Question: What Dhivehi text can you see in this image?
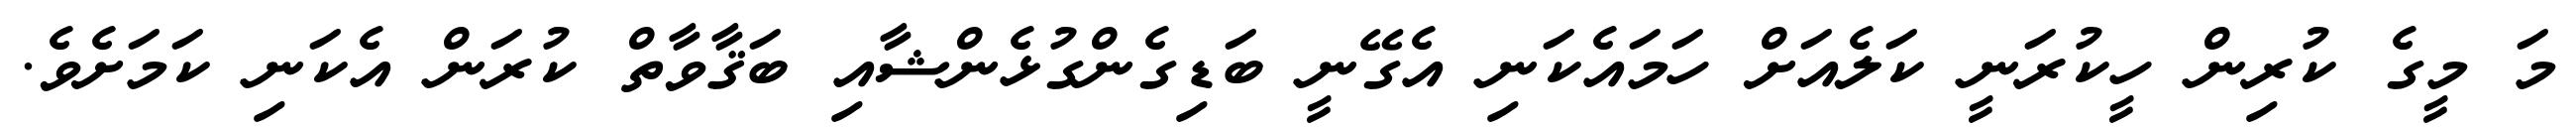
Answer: މަ މީގެ ކުރިން ހީކުރަނީ ކަލެއަށް ހަމައެކަނި އެގޭނީ ބަޑިގެންގުޅެންޝާއި ބަޤާވާތް ކުރަން އެކަނި ކަމަށެވެ.